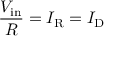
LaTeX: { \frac { V _ { \mathrm { i n } } } { R } } = I _ { \mathrm { R } } = I _ { \mathrm { D } }